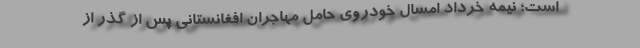
است؛ نیمه خرداد امسال خودروی حامل مهاجران افغانستانی پس از گذر از